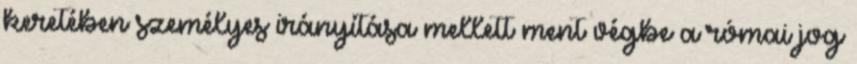
keretében személyes irányítása mellett ment végbe a római jog